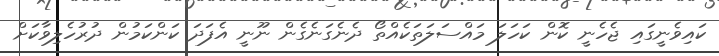
ކައިވެނީގައި ޖެހެނީ ކޮން ކަހަލަ މައްސަލަތަކެއްތޯ ދެނެގަނެގެން ނޫނީ އެފަދަ ކަންކަމުން ދުރުހެލިވާކަށް